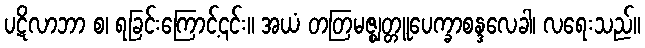
ပဋိလာဘာ စ၊ ရခြင်းကြောင့်၎င်း။ အယံ တတြမဇ္ဈတ္တူပေက္ခာစန္ဒလေခါ၊ လရေးသည်။